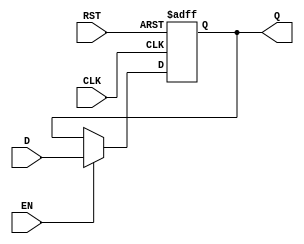
module DataRegister #(
    parameter WIDTH = 8  // Parameter to define the width of the register
)(
    input wire [WIDTH-1:0] D,    // Data input
    input wire CLK,               // Clock input
    input wire RST,               // Asynchronous reset input
    input wire EN,                // Enable input
    output reg [WIDTH-1:0] Q      // Data output
);

    // Always block for the register functionality
    always @(posedge CLK or posedge RST) begin
        if (RST) begin
            Q <= {WIDTH{1'b0}};     // Clear the register on reset
        end else if (EN) begin
            Q <= D;                 // Capture the input data on clock edge if enabled
        end
    end

endmodule